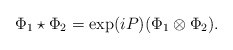
\begin{align*}\Phi_1\star\Phi_2= \exp(iP)(\Phi_1\otimes\Phi_2).\end{align*}